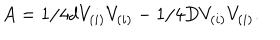
LaTeX: A = 1 / 4 d V _ { ( i ) } V _ { ( i ) } - 1 / 4 D V _ { ( i ) } V _ { ( i ) } .